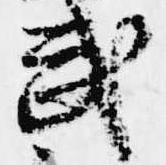
武